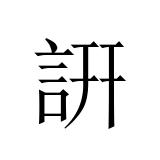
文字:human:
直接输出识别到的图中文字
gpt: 詽